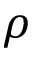
\rho